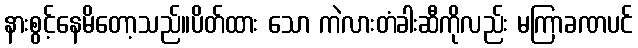
နားစွင့်နေမိတော့သည်။ပိတ်ထား သော ကဲလားတံခါးဆီကိုလည်း မကြာခဏပင်